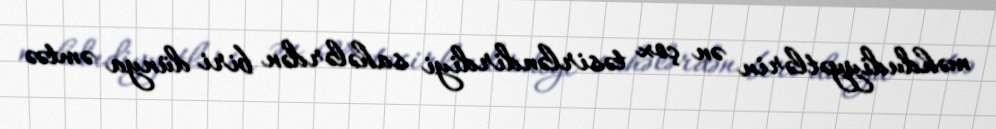
məhdudiyyətlərin ən çox təsirləndirdiyi sahələrdən biri dünya əmtəə